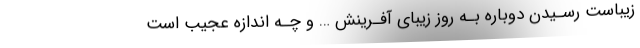
زیباست رسـیدن دوباره بـه روز زیبای آفـرینش … و چـه اندازه عجیب است